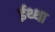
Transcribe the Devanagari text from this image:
ईथ्था